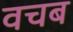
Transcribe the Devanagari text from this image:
वचब